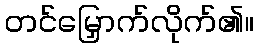
တင်မြှောက်လိုက်၏။